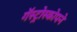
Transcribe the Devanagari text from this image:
गॅस्ट्रोस्कोपने